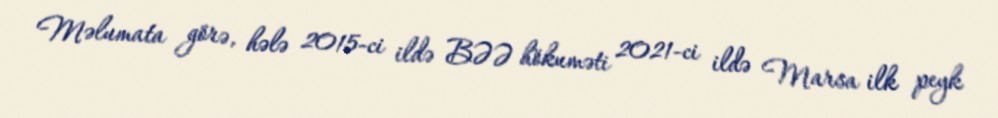
Məlumata görə, hələ 2015-ci ildə BƏƏ hökuməti 2021-ci ildə Marsa ilk peyk